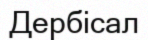
Дербісал